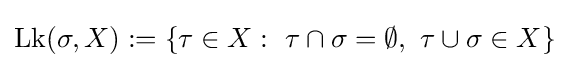
{\textstyle \operatorname {Lk} (\sigma ,X):=\{\tau \in X:~\tau \cap \sigma =\emptyset ,~\tau \cup \sigma \in X\}}